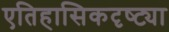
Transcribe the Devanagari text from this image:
एतिहासिकदृष्ट्या